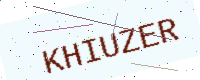
Text: KHIUZER